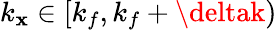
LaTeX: k_{\mathbf{x}}\in[k_{f},k_{f}+\deltak)